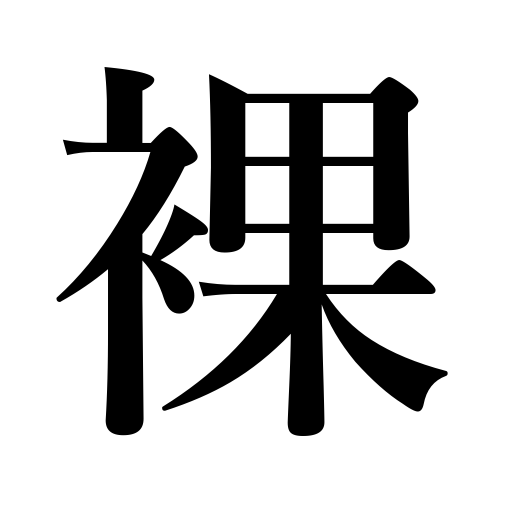
Meanings: only partially clothed,naked body,bare,undressed,leafless,uncovered,nude,without investing,denuded,unpreparedness for a wedding,unsaddled